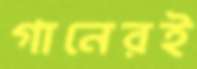
গানেরই